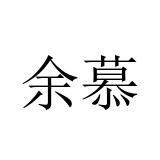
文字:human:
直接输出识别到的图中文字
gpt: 余慕